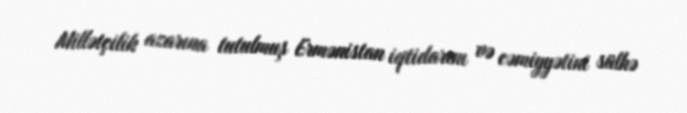
Millətçilik azarına tutulmuş Ermənistan iqtidarını və cəmiyyətini sülhə